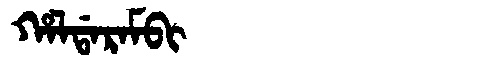
Manchu: ᡥᠠᠯᡩᠠᡵᠠᠮᠪᡳ
Romanization: HALDARAMBI